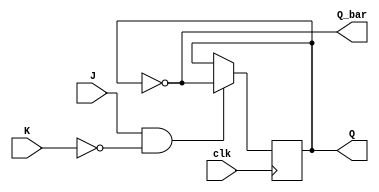
module jk_flip_flop (
    input J,
    input K,
    input clk,
    output reg Q,
    output reg Q_bar
);

always @(posedge clk) begin
    if (J && !K) begin
        Q <= ~Q;
    end else if (J && K) begin
        // No change in state
    end else if (!J && !K) begin
        // Hold current state
    end
end

assign Q_bar = ~Q;

endmodule